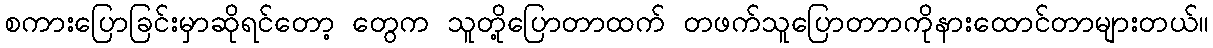
စကားပြောခြင်းမှာဆိုရင်တော့ တွေက သူတို့ပြောတာထက် တဖက်သူပြောတာာကိုနားထောင်တာများတယ်။